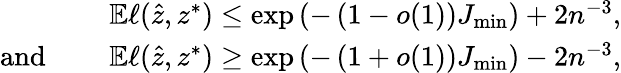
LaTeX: \begin{array}{rl}&{\mathbb{E}\ell(\hat{z},z^{*})\leq\exp\left(-\left(1-o(1)\right)J_{\operatorname*{min}}\right)+2n^{-3},}\\ {\mathrm{and~}\quad}&{\mathbb{E}\ell(\hat{z},z^{*})\geq\exp\left(-\left(1+o(1)\right)J_{\operatorname*{min}}\right)-2n^{-3},}\end{array}